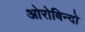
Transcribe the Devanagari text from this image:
ओरोबिन्दो